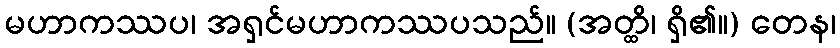
မဟာကဿပ၊ အရှင်မဟာကဿပသည်။ (အတ္ထိ၊ ရှိ၏။) တေန၊